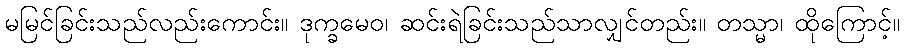
မမြင်ခြင်းသည်လည်းကောင်း။ ဒုက္ခမေဝ၊ ဆင်းရဲခြင်းသည်သာလျှင်တည်း။ တသ္မာ၊ ထိုကြောင့်။